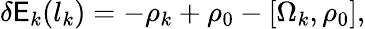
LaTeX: \delta\mathsf{E}_{k}(l_{k})=-\rho_{k}+\rho_{0}-[\Omega_{k},\rho_{0}],